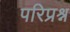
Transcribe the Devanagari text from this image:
परिप्रश्न